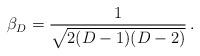
LaTeX: \begin{align*}\beta_{D}=\frac{1}{\sqrt{2(D-1)(D-2)}}\, .\end{align*}